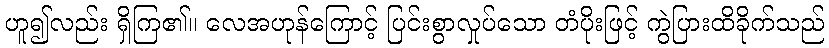
ဟူ၍လည်း ရှိကြ၏။ လေအဟုန်ကြောင့် ပြင်းစွာလှုပ်သော တံပိုးဖြင့် ကွဲပြားထိခိုက်သည်